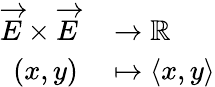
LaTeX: \begin{array}{rl}{{\overrightarrow{E}}\times{\overrightarrow{E}}}&{{}\to\mathbb{R}}\\ {(x,y)}&{{}\mapsto\langle x,y\rangle}\end{array}